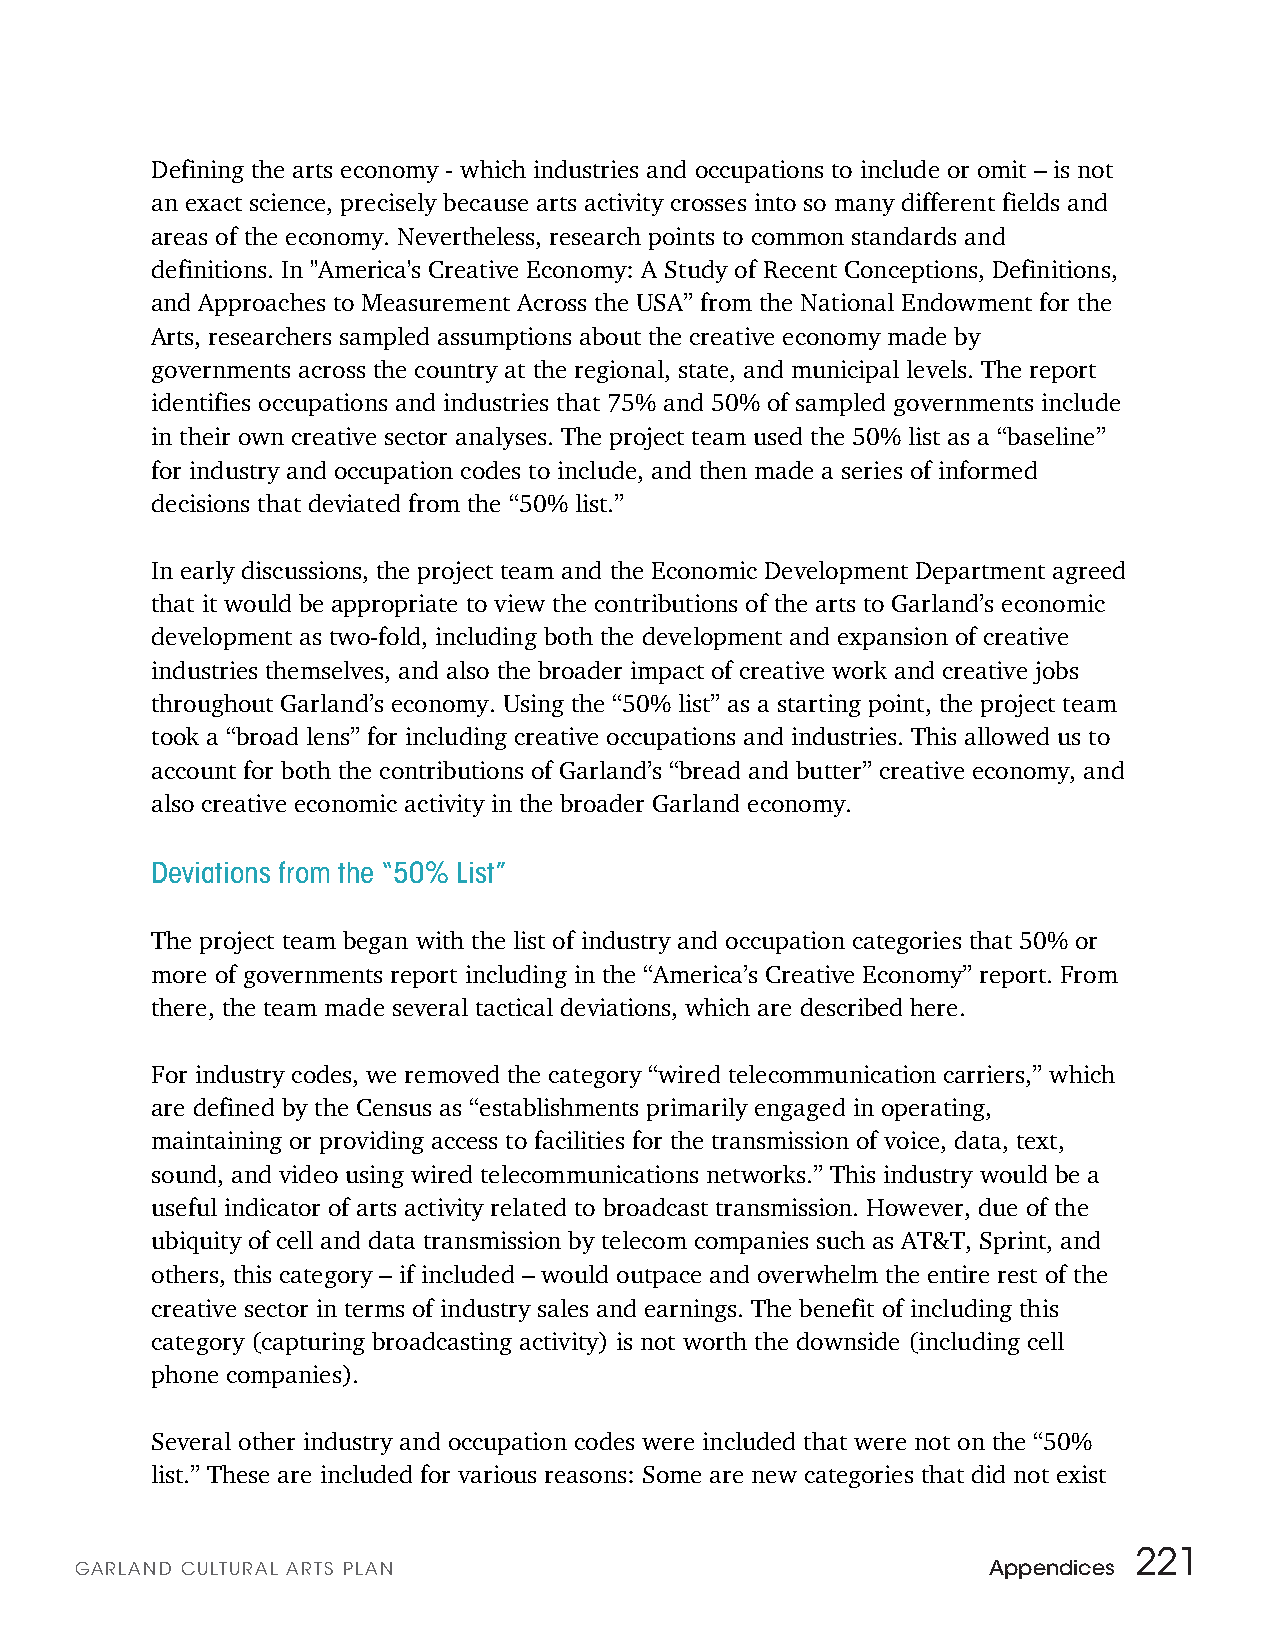
Defining the arts economy - which industries and occupations to include or omit – is not
 an exact science, precisely because arts activity crosses into so many different fields and
 areas of the economy. Nevertheless, research points to common standards and
 definitions. In "America's Creative Economy: A Study of Recent Conceptions, Definitions,
 and Approaches to Measurement Across the USA” from the National Endowment for the
 Arts, researchers sampled assumptions about the creative economy made by
 governments across the country at the regional, state, and municipal levels. The report
 identifies occupations and industries that 75% and 50% of sampled governments include
 in their own creative sector analyses. The project team used the 50% list as a “baseline”
 for industry and occupation codes to include, and then made a series of informed
 decisions that deviated from the “50% list.”
 In early discussions, the project team and the Economic Development Department agreed
 that it would be appropriate to view the contributions of the arts to Garland’s economic
 development as two-fold, including both the development and expansion of creative
 industries themselves, and also the broader impact of creative work and creative jobs
 throughout Garland’s economy. Using the “50% list” as a starting point, the project team
 took a “broad lens” for including creative occupations and industries. This allowed us to
 account for both the contributions of Garland’s “bread and butter” creative economy, and
 also creative economic activity in the broader Garland economy.
 Deviations from the “50% List”
 The project team began with the list of industry and occupation categories that 50% or
 more of governments report including in the “America’s Creative Economy” report. From
 there, the team made several tactical deviations, which are described here.
 For industry codes, we removed the category “wired telecommunication carriers,” which
 are defined by the Census as “establishments primarily engaged in operating,
 maintaining or providing access to facilities for the transmission of voice, data, text,
 sound, and video using wired telecommunications networks.” This industry would be a
 useful indicator of arts activity related to broadcast transmission. However, due of the
 ubiquity of cell and data transmission by telecom companies such as AT&T, Sprint, and
 others, this category – if included – would outpace and overwhelm the entire rest of the
 creative sector in terms of industry sales and earnings. The benefit of including this
 category (capturing broadcasting activity) is not worth the downside (including cell
 phone companies).
 Several other industry and occupation codes were included that were not on the “50%
 list.” These are included for various reasons: Some are new categories that did not exist
 221
 GARLAN D CULTURAL ARTS PLAN                                 Appendices